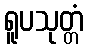
ရူပသုတ္တံ